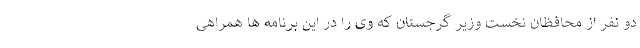
دو نفر از محافظان نخست وزیر گرجستان که وی را در این برنامه ها همراهی